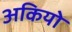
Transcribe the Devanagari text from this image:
अकियो